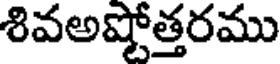
శివఅష్టోత్తరము